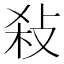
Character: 𢼢